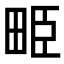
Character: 𤱥